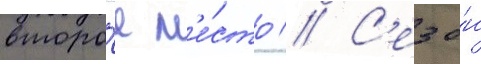
второ́е м'е́сто // С'езо́н